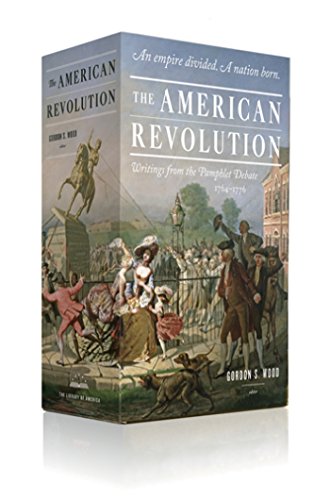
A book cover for The American Revolution: Writings from the Pamphlet Debate 1764-1776; Gordon S. Wood; History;